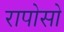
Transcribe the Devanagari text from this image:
रापोसो